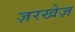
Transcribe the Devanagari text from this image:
ज़रखेज़